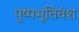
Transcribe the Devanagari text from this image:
पुष्पभूतिवंश